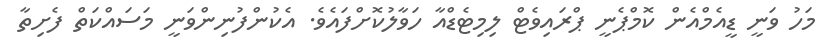
މަހު ވަނީ ޑީއެމްއެން ކޮމްޕެނީ ޕްރައިވެޓް ލިމިޓެޑްއާ ހަވާލުކޮށްފައެވެ. އެކުންފުނިންވަނީ މަސައްކަތް ފެށިތާ